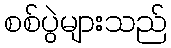
စစ်ပွဲများသည်